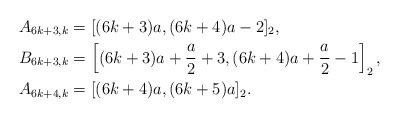
LaTeX: \begin{align*}A_{6k+3,k} & = [(6k+3)a, (6k+4)a - 2]_2,\\B_{6k+3,k} & = \left[ (6k+3)a + \frac{a}{2} + 3, (6k+4) a + \frac{a}{2} -1 \right]_2,\\A_{6k+4,k} & = [(6k+4) a, (6k+5)a]_2.\end{align*}